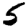
Digit: 5